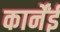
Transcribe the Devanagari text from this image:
कार्नेंई